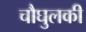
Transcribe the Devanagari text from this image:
चौघुलकी